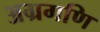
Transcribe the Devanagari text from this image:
अग्रगणि